Elephants and their diseases
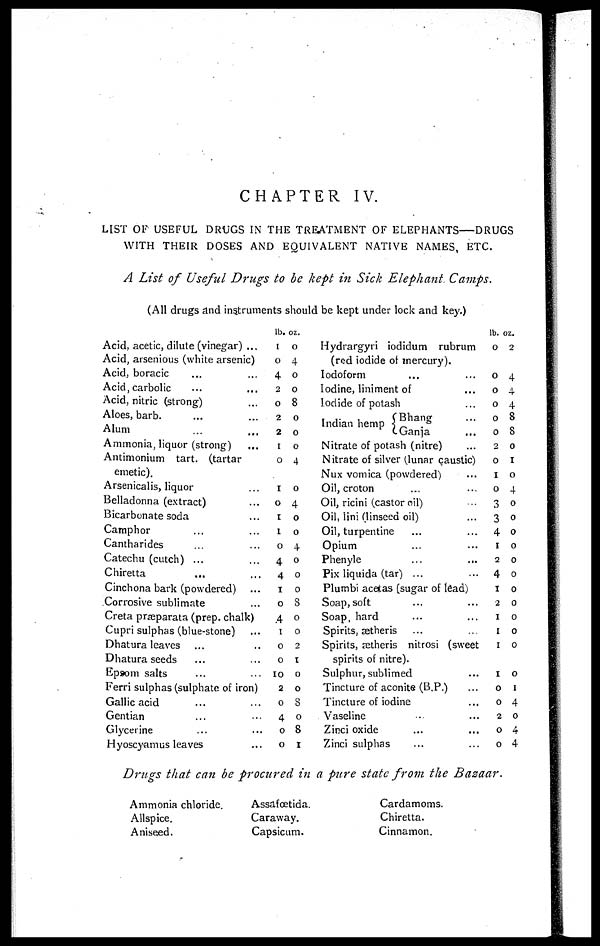
CHAPTER IV.
LIST OF USEFUL DRUGS IN THE TREATMENT OF ELEPHANTS—DRUGS
WITH THEIR DOSES AND EQUIVALENT NATIVE NAMES, ETC.
A List of Useful Drugs to be kept in Sick Elephant. Camps.
(All drugs and instruments should be kept under lock and key.)
Acid, acetic, dilute (vinegar) ...
Acid, arsenious (white arsenic)
Acid, boracic
Acid, carbolic
Acid, nitric (strong)
Aloes, barb.
Alum
Ammonia, liquor (strong)
Antimonium tart. (tartar
emetic).
Arsenicalis, liquor
Belladonna (extract)
Bicarbonate soda
Camphor
Cantharides
Catechu (cutch) ...
Chiretta
Cinchona bark (powdered)
Corrosive sublimate
Creta præparata (prep. chalk)
Cupri sulphas (blue-stone)
Dhatura leaves
Dhatura seeds
Epsom salts
Ferri sulphas (sulphate of iron)
Gallic acid
Gentian
Glycerine
Hyoscyamus leaves
lb.
1
0
4
2
0
2
2
1
0
1
o
1
1
o
4
4
1
o
4
1
0
0
10
2
0
4
0
0
oz.
0
4
o
0
8
0
0
0
4
0
4
0
0
4
0
0
0
8
0
0
2
1
0
0
3
0
8
1
Hydrargyri iodidum rubrum
(red iodide of mercury).
Iodoform
Iodine, liniment of
Iodide of potash
Indian hemp { Bhang
Ganja
Nitrate of potash (nitre)
Nitrate of silver (lunar caustic)
Nux vomica (powdered)
Oil, croton
Oil, ricini (castor oil)
Oil, lini (linseed oil)
Oil, turpentine
Opium
Phenyle
Pix liquida (tar) ...
Plumbi acetas (sugar of lead)
Soap, soft
Soap, hard
Spirits, ætheris
Spirits, ætheris nitrosi (sweet
spirits of nitre).
Sulphur, sublimed
Tincture of aconite (B.P.)
Tincture of iodine
Vaseline
Zinci oxide
Zinci sulphas
lb.
0
0
0
0
0
0
2
0
1
0
3
3
4
1
2
4
1
2
1
1
1
1
0
0
2
0
0
oz.
2
4
4
4
8
8
0
1
0
4
0
0
0
0
0
0
0
0
0
0
0
0
1
4
0
4
4
Drugs that can be procured in a pure state from the Bazaar.
Ammonia chloride.
Allspice.
Aniseed.
Assafœtida.
Caraway.
Capsicum.
Cardamoms.
Chiretta.
Cinnamon.